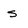
Character: s